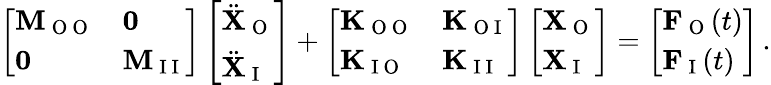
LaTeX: \left[\begin{array}{ll}{\mathbf{M}_{\mathrm{~O~O~}}}&{\mathbf{0}}\\ {\mathbf{0}}&{\mathbf{M}_{\mathrm{~I~I~}}}\end{array}\right]\left[\begin{array}{l}{\ddot{\mathbf{X}}_{\mathrm{~O~}}}\\ {\ddot{\mathbf{X}}_{\mathrm{~I~}}}\end{array}\right]+\left[\begin{array}{ll}{\mathbf{K}_{\mathrm{~O~O~}}}&{\mathbf{K}_{\mathrm{~O~I~}}}\\ {\mathbf{K}_{\mathrm{~I~O~}}}&{\mathbf{K}_{\mathrm{~I~I~}}}\end{array}\right]\left[\begin{array}{l}{\mathbf{X}_{\mathrm{~O~}}}\\ {\mathbf{X}_{\mathrm{~I~}}}\end{array}\right]=\left[\begin{array}{l}{\mathbf{F}_{\mathrm{~O~}}(t)}\\ {\mathbf{F}_{\mathrm{~I~}}(t)}\end{array}\right]\, .